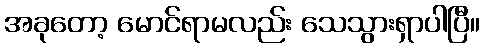
အခုတော့ မောင်ရာမလည်း သေသွားရှာပါပြီ။